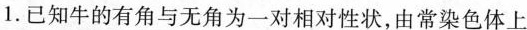
1.已知牛的有角与无角为一对相对性状，由常染色体上